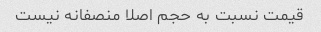
قیمت نسبت به حجم اصلا منصفانه نیست